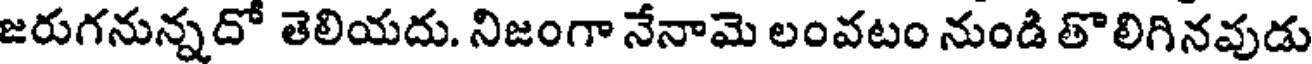
జరుగనున్నదో తెలియదు. నిజంగా నేనామె లంవటం నుండి తొలిగినవుడు